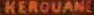
KEROUANL